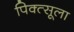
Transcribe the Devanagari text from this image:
पिक्त्सूला